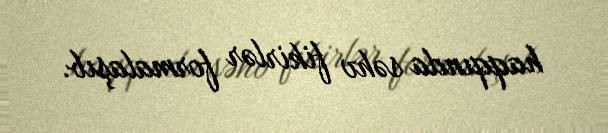
haqqında səhv fikirlər formalaşıb.